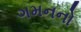
ગમનનો